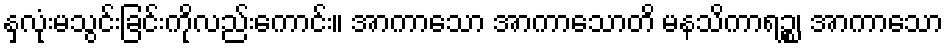
နှလုံးမသွင်းခြင်းကိုလည်းကောင်း။ အာကာသော အာကာသောတိ မနသိကာရဉ္စ၊ အာကာသော